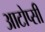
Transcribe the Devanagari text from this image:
आटोप्सी